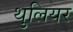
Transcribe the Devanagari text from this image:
थुलियर